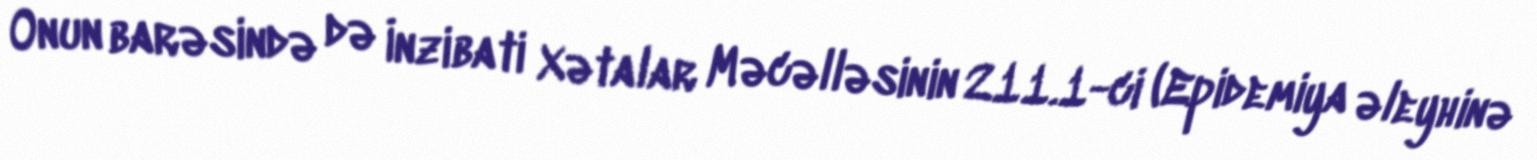
Onun barəsində də İnzibati Xətalar Məcəlləsinin 211.1-ci (Epidemiya əleyhinə